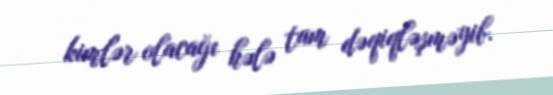
kimlər olacağı hələ tam dəqiqləşməyib.